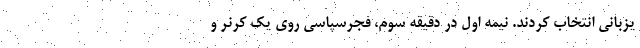
یزبانی انتخاب کردند. نیمه اول در دقیقه سوم، فجرسپاسی روی یک کرنر و